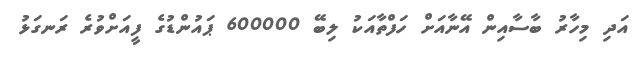
އަދި މިހާރު ބާސާއިން އޭނާއަށް ހަފްތާއަކު ލިބޭ 600000 ޕައުންޑުގެ ފީއަށްވުރެ ރަނގަޅު